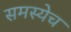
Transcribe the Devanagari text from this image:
समस्येच